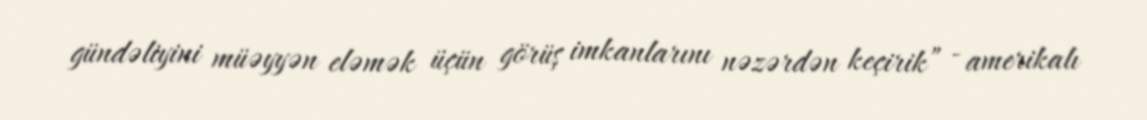
gündəliyini müəyyən eləmək üçün görüş imkanlarını nəzərdən keçirik” - amerikalı